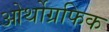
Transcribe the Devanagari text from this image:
ओर्थोग्रफिक